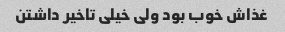
غذاش خوب بود ولی خیلی تاخیر داشتن